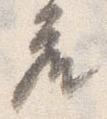
座